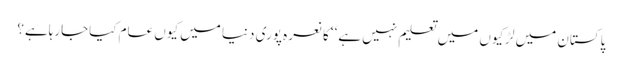
پاکستان میں لڑکیوں میں تعلیم نہیں ہے‘‘ کا نعرہ پوری دنیا میں کیوں عام کیاجارہاہے؟